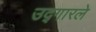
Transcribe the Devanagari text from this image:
उद्‍गारले